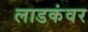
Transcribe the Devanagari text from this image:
लाडकंवर